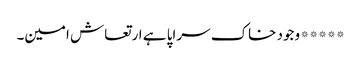
*****وجود خاک سراپا ہے ارتعاش امین۔